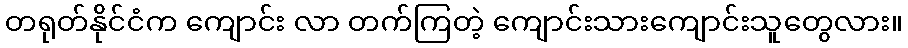
တရုတ်နိုင်ငံက ကျောင်း လာ တက်ကြတဲ့ ကျောင်းသားကျောင်းသူတွေလား။